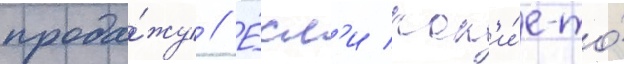
прода́жу // Е́сл'и как'и́е-то́